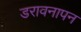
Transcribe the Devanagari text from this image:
डरावनापन